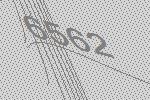
6562